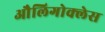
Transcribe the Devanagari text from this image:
औलिगोक्लेस